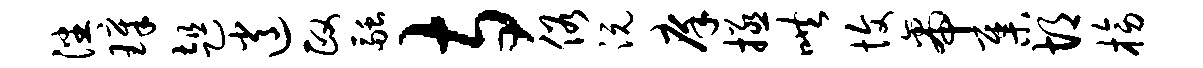
潘璋趄逍政融寺俗沅庠拯哄愎帝集胡榜